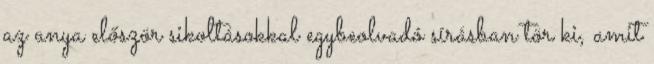
az anya először sikoltásokkal egybeolvadó sírásban tör ki, amit